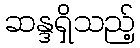
ဆန္ဒရှိသည့်